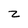
Character: z